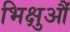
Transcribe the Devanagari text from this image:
भिक्षुऔं